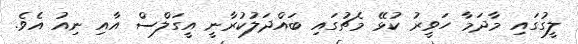
ލީގުގައި މާދަމާ ހަވީރު ކުޅޭ މެޗުގައި ބައްދަލުކުރާނީ އީގަލްސް އާއި ނިއު އެވެ.